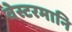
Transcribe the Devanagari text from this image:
वेस्टरमानि